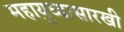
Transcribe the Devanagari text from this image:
महायुध्दासारखी